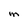
Character: M